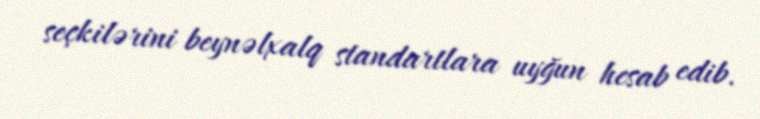
seçkilərini beynəlxalq standartlara uyğun hesab edib.